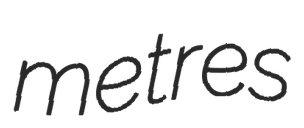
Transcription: metres